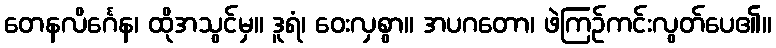
တေနလိင်္ဂေန၊ ထိုအသွင်မှ။ ဒူရံ၊ ဝေးလှစွာ။ အပဂတော၊ ဖဲကြဉ်ကင်းလွတ်ပေ၏။